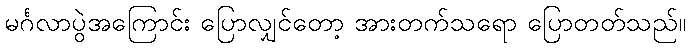
မင်္ဂလာပွဲအကြောင်း ပြောလျှင်တော့ အားတက်သရော ပြောတတ်သည်။